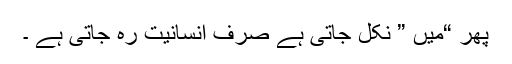
پھر “میں ” نکل جاتی ہے صرف انسانیت رہ جاتی ہے ۔